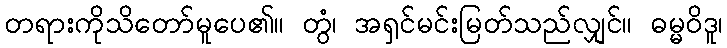
တရားကိုသိတော်မူပေ၏။ တွံ၊ အရှင်မင်းမြတ်သည်လျှင်။ ဓမ္မဝိဒူ၊